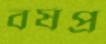
বর্ষপ্র